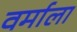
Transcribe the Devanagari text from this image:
वर्माला